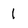
Character: l